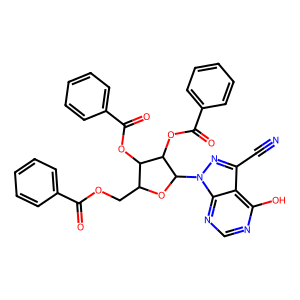
SMILES: N#Cc1nn(C2OC(COC(=O)c3ccccc3)C(OC(=O)c3ccccc3)C2OC(=O)c2ccccc2)c2ncnc(O)c12
Inhibits HIV replication: No